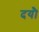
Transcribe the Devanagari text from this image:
दयौ